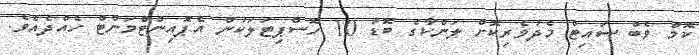
ކޮމް ވެބް ސައިޓް މެދުވެރިކޮށް ލަންކާގެ ބޮޑު 10 ހޮސްޕިޓަލަކުން އެޕޮއިންޓްމަންޓް ހެއްދެއެވެ.